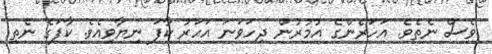
ވެސް ނެތެވެ. އަހަރެންގެ އުމުރުން ދިހަވަނަ އަހަރު ކާފަ ނިޔާވިއެވެ. ކާފަގެ ނެތި